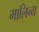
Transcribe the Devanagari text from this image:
मालिन्य